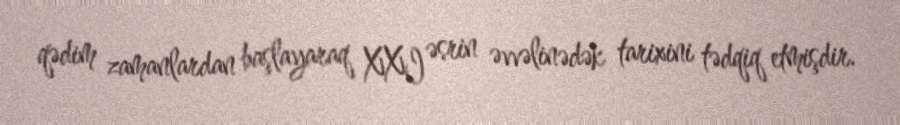
qədim zamanlardan başlayaraq XXI əsrin əvvəlinədək tarixini tədqiq etmişdir.